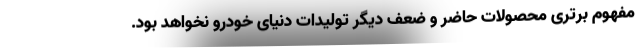
مفهوم برتری محصولات حاضر و ضعف دیگر تولیدات دنیای خودرو نخواهد بود.